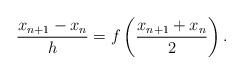
LaTeX: \begin{align*}\frac{x_{n+1}-x_{n}}{h}=f\left( \frac{x_{n+1}+x_{n}}{2}\right) . \end{align*}